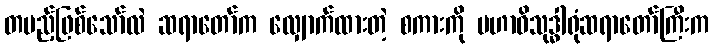
တပည့်ဖြစ်သော်လဲ ဆရာတော်က လျှောက်ထားတဲ့ စကားကို မဟာဝိသုဒ္ဓါရုံဆရာတော်ကြီးက